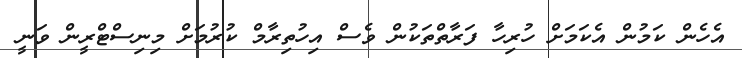
އެހެން ކަމުން އެކަމަށް ހުރިހާ ފަރާތްތަކުން ވެސް އިހުތިރާމް ކުރުމަށް މިނިސްޓްރީން ވަނީ